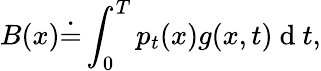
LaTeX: B(x)\dot{=}\int_{0}^{T}p_{t}(x)g(x,t)\mathrm{~d~}t,